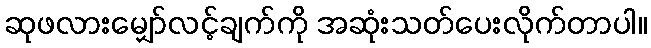
ဆုဖလားမျှော်လင့်ချက်ကို အဆုံးသတ်ပေးလိုက်တာပါ။